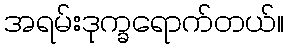
အရမ်းဒုက္ခရောက်တယ်။